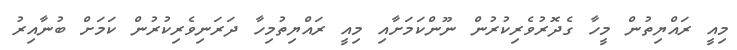
މިއީ ރައްޔިތުން މީހާ ގެދޮރުވެރިކުރުން ނޫންކަމަށާއި މިއީ ރައްޔިތުމިހާ ދަރަނިވެރިކުރުން ކަމަށް ބުނާއިރު